system: You are a helpful assistant.
user:
Analyze the provided spectrum to determine if it is a **M-type Giant (gM)**.

A M-type Giant spectrum is defined by its **strong molecular absorption** features, particularly from **Titanium Oxide (TiO)**. You must check for one of the following mutually exclusive signatures:

- **Key Visual Indicators (Absorption-Dominated Spectrum):**

    - **(Primary):** The spectrum is dominated by strong molecular absorption from **Titanium Oxide (TiO)**. This is the **defining feature** of its M-type temperature class.
        - **(Key Bandheads):** Look for sharp, "saw-tooth" absorption valleys. The strongest are located near **~7050 Å**, **~6160 Å**, and **~5170 Å**.
        - **(Line Profile):** The "saw-tooth" morphology is critical: a **sharp, steep drop on the BLUE (short-wavelength) side** of the bandhead, followed by a gradual recovery (rising flux) towards the RED (long-wavelength) side.

    - **(Key Confirmation - Giant vs. Dwarf):** **ABSENCE** of strong **Calcium Hydride (CaH)** molecular bands. This is the primary diagnostic for *excluding* M-dwarfs.
        - **(Key Region):** The spectrum should lack the strong, broad absorption band seen in dwarfs between **~6800 Å and ~7000 Å**.

    - **(Secondary Confirmation - Giant):** A very strong and broad **Neutral Calcium (Ca I)** atomic absorption line.
        - **(Key Line):** Located at **~4226 Å**. In a giant (gM), this line is significantly deeper and broader than the same line in an M-dwarf (dM) due to low surface gravity.

    - **(Overall Spectrum):**
        - The continuum is **extremely red-sloping** (i.e., flux is very low in the blue and rises dramatically towards the red).
        - The entire spectrum appears "chopped up" by the deep TiO bands.

Think first, call **spectral_visualization_tool** if needed to examine features in detail, then provide your final answer. Your response must adhere to the following strict rules:
1.  **Overall Structure:** Your response must follow the format `<think>...</think> <tool_call>...</tool_call> (if a tool is used) <answer>...</answer>`.
2.  **Tool Usage Constraint:** You may only make **one** tool call per turn.
3.  **Final Answer Format:** In the `<answer>` tag, your conclusion must be inside a `\boxed{}` command (e.g., `\boxed{YES}` or `\boxed{NO}`), followed by your justification.

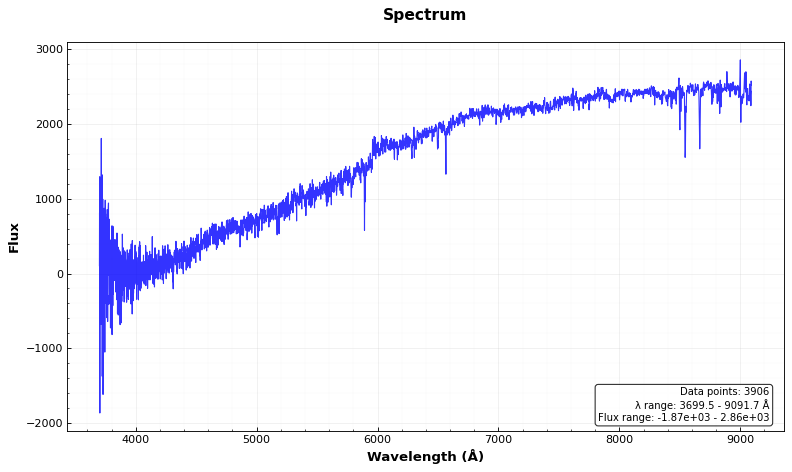
Answer: NO